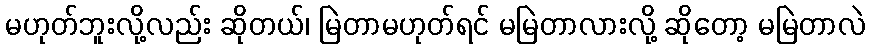
မဟုတ်ဘူးလို့လည်း ဆိုတယ်၊ မြဲတာမဟုတ်ရင် မမြဲတာလားလို့ ဆိုတော့ မမြဲတာလဲ